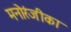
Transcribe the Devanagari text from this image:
मनोरंजीका